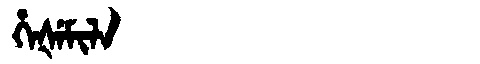
Manchu: ᡥᡝᡧᡝᠮᡳᠯᠠ
Romanization: HEŠEMILA